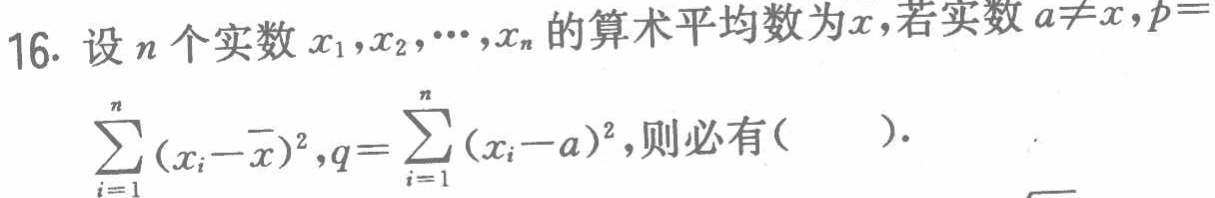
16. 设\(n\)个实数\(x_{1},x_{2},\cdots,x_{n}\)的算术平均数为\(\overline{x}\)，若实数\(a\neq\overline{x}\)，\(p = \sum_{i = 1}^{n}(x_{i}-\overline{x})^{2}\)，\(q=\sum_{i = 1}^{n}(x_{i}-a)^{2}\)，则必有(  ).